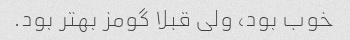
خوب بود، ولی قبلا گومز بهتر بود.